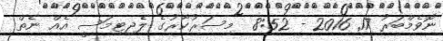
ނޮވެމްބަރު 17